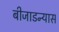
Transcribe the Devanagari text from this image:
बीजाडन्यास